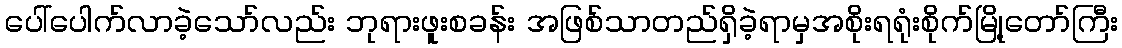
ပေါ်ပေါက်လာခဲ့သော်လည်း ဘုရားဖူးစခန်း အဖြစ်သာတည်ရှိခဲ့ရာမှအစိုးရရုံးစိုက်မြို့တော်ကြီး